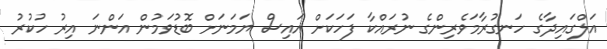
އަލްގައިދާގެ ހަނގުރާމަވެރިންގެ ނުރައްކާ ފަހަކަށް އައިސް ޔަމަނަށް ބޮޑުވަމުން އަންނަ އިރު ހުކުރު